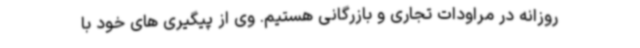
روزانه در مراودات تجاری و بازرگانی هستیم. وی از پیگیری های خود با